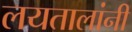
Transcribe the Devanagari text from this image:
लयतालांनी